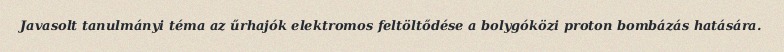
Javasolt tanulmányi téma az űrhajók elektromos feltöltődése a bolygóközi proton bombázás hatására.